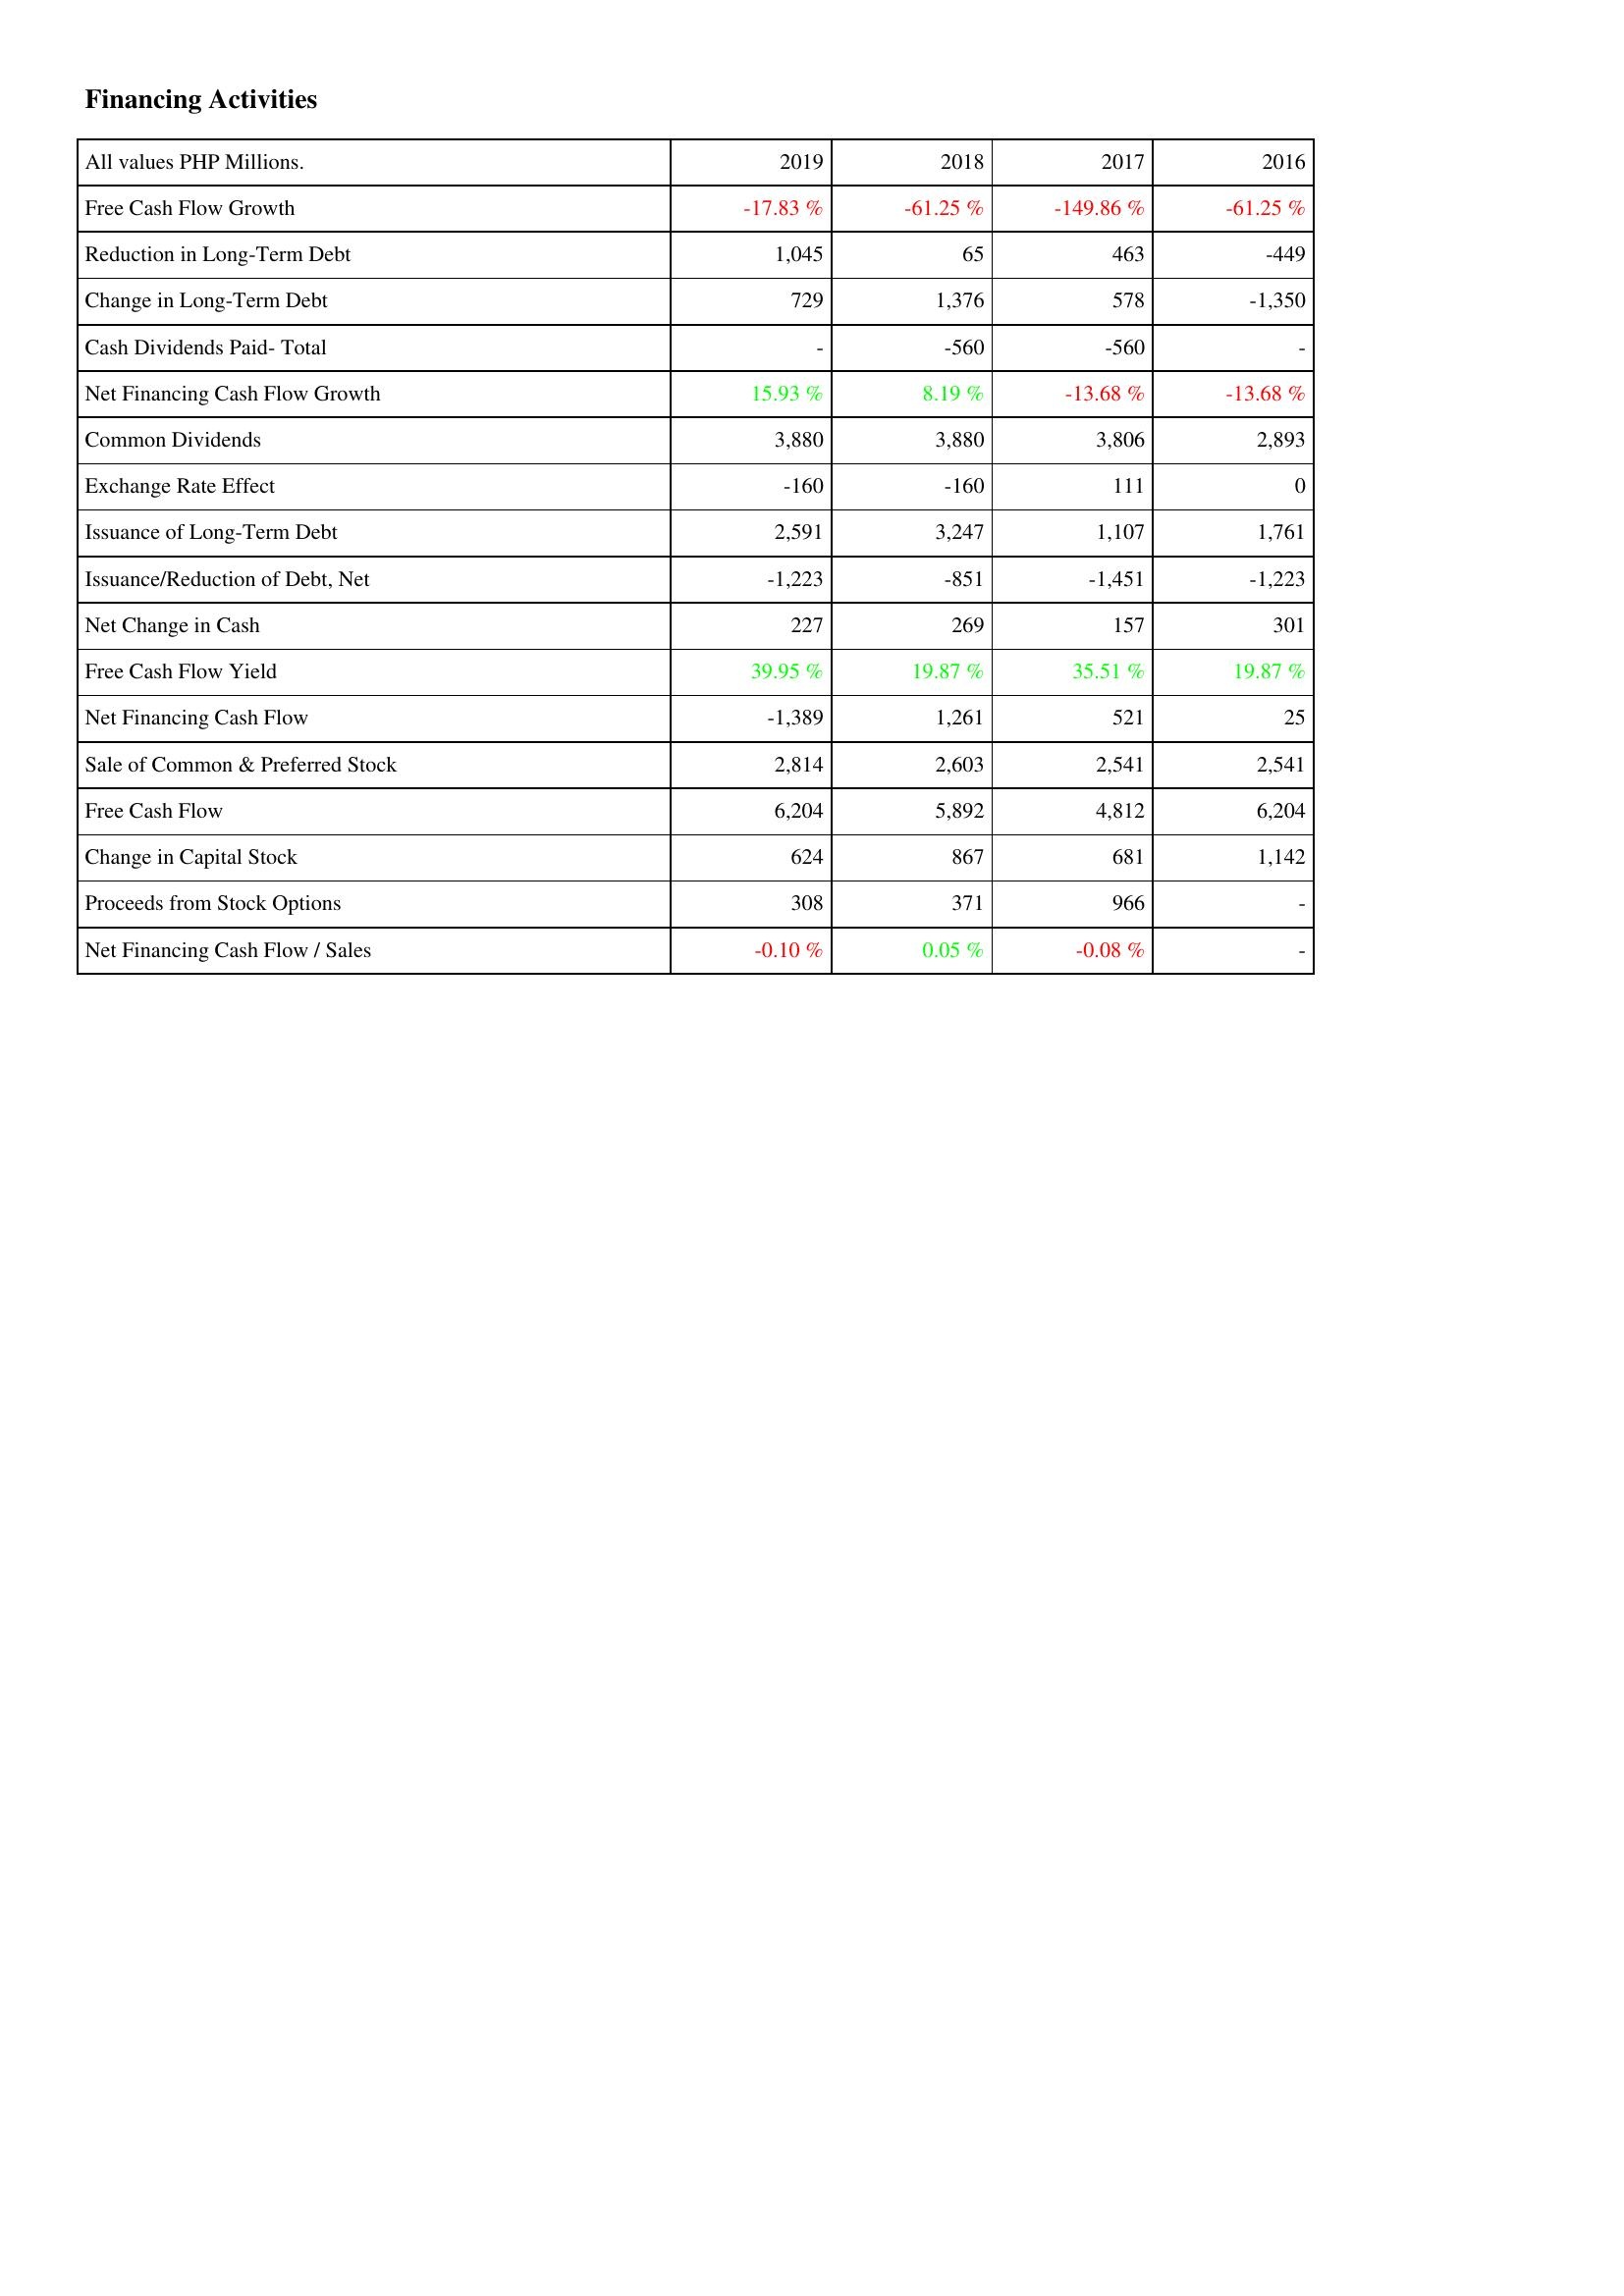
2019: Financing Activities: Free Cash Flow Growth: -17.83 %
Reduction in Long-Term Debt: 1,045
Change in Long-Term Debt: 729
Cash Dividends Paid- Total: -
Net Financing Cash Flow Growth: 15.93 %
Common Dividends: 3,880
Exchange Rate Effect: -160
Issuance of Long-Term Debt: 2,591
Issuance/Reduction of Debt, Net: -1,223
Net Change in Cash: 227
Free Cash Flow Yield: 39.95 %
Net Financing Cash Flow: -1,389
Sale of Common & Preferred Stock: 2,814
Free Cash Flow: 6,204
Change in Capital Stock: 624
Proceeds from Stock Options: 308
Net Financing Cash Flow / Sales: -0.10 %
2018: Financing Activities: Free Cash Flow Growth: -61.25 %
Reduction in Long-Term Debt: 65
Change in Long-Term Debt: 1,376
Cash Dividends Paid- Total: -560
Net Financing Cash Flow Growth: 8.19 %
Common Dividends: 3,880
Exchange Rate Effect: -160
Issuance of Long-Term Debt: 3,247
Issuance/Reduction of Debt, Net: -851
Net Change in Cash: 269
Free Cash Flow Yield: 19.87 %
Net Financing Cash Flow: 1,261
Sale of Common & Preferred Stock: 2,603
Free Cash Flow: 5,892
Change in Capital Stock: 867
Proceeds from Stock Options: 371
Net Financing Cash Flow / Sales: 0.05 %
2017: Financing Activities: Free Cash Flow Growth: -149.86 %
Reduction in Long-Term Debt: 463
Change in Long-Term Debt: 578
Cash Dividends Paid- Total: -560
Net Financing Cash Flow Growth: -13.68 %
Common Dividends: 3,806
Exchange Rate Effect: 111
Issuance of Long-Term Debt: 1,107
Issuance/Reduction of Debt, Net: -1,451
Net Change in Cash: 157
Free Cash Flow Yield: 35.51 %
Net Financing Cash Flow: 521
Sale of Common & Preferred Stock: 2,541
Free Cash Flow: 4,812
Change in Capital Stock: 681
Proceeds from Stock Options: 966
Net Financing Cash Flow / Sales: -0.08 %
2016: Financing Activities: Free Cash Flow Growth: -61.25 %
Reduction in Long-Term Debt: -449
Change in Long-Term Debt: -1,350
Cash Dividends Paid- Total: -
Net Financing Cash Flow Growth: -13.68 %
Common Dividends: 2,893
Exchange Rate Effect: 0
Issuance of Long-Term Debt: 1,761
Issuance/Reduction of Debt, Net: -1,223
Net Change in Cash: 301
Free Cash Flow Yield: 19.87 %
Net Financing Cash Flow: 25
Sale of Common & Preferred Stock: 2,541
Free Cash Flow: 6,204
Change in Capital Stock: 1,142
Proceeds from Stock Options: -
Net Financing Cash Flow / Sales: -